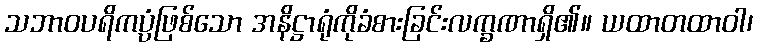
သဘာဝပရိကပ္ပံဖြစ်သော အနိဋ္ဌာရုံကိုခံစားခြင်းလက္ခဏာရှိ၏။ ယထာတထာဝါ၊